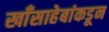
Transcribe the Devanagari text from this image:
खाँसाहेबांकडून